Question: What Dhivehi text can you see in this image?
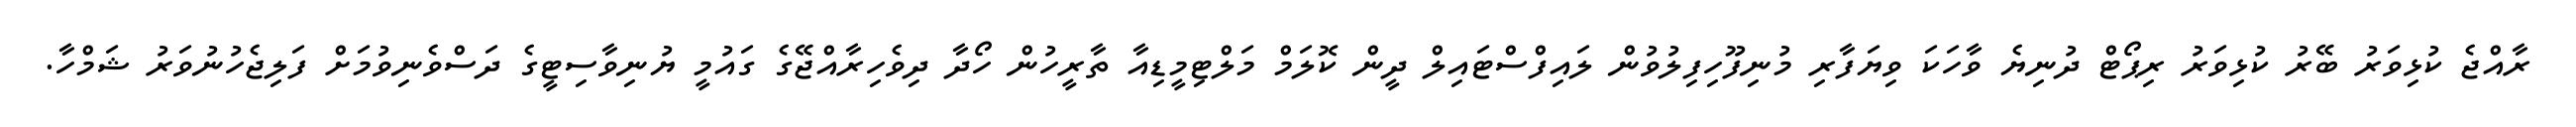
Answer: ރާއްޖެ ކުޅިވަރު ބޭރު ކުޅިވަރު ރިޕޯޓް ދުނިޔެ ވާހަކަ ވިޔަފާރި މުނިފޫހިފިލުވުން ލައިފްސްޓައިލް ދީން ކޮލަމް މަލްޓިމީޑިއާ ތާރީހުން ހޯދާ ދިވެހިރާއްޖޭގެ ގައުމީ ޔުނިވާސިޓީގެ ދަސްވެނިވުމަށް ފަލިޖެހުނުވަރު ޝަމްހާ.